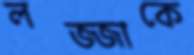
লজ্জাকে